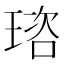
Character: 𤦿